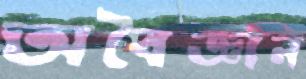
অবৈজ্ঞান